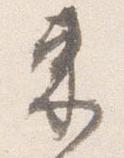
束